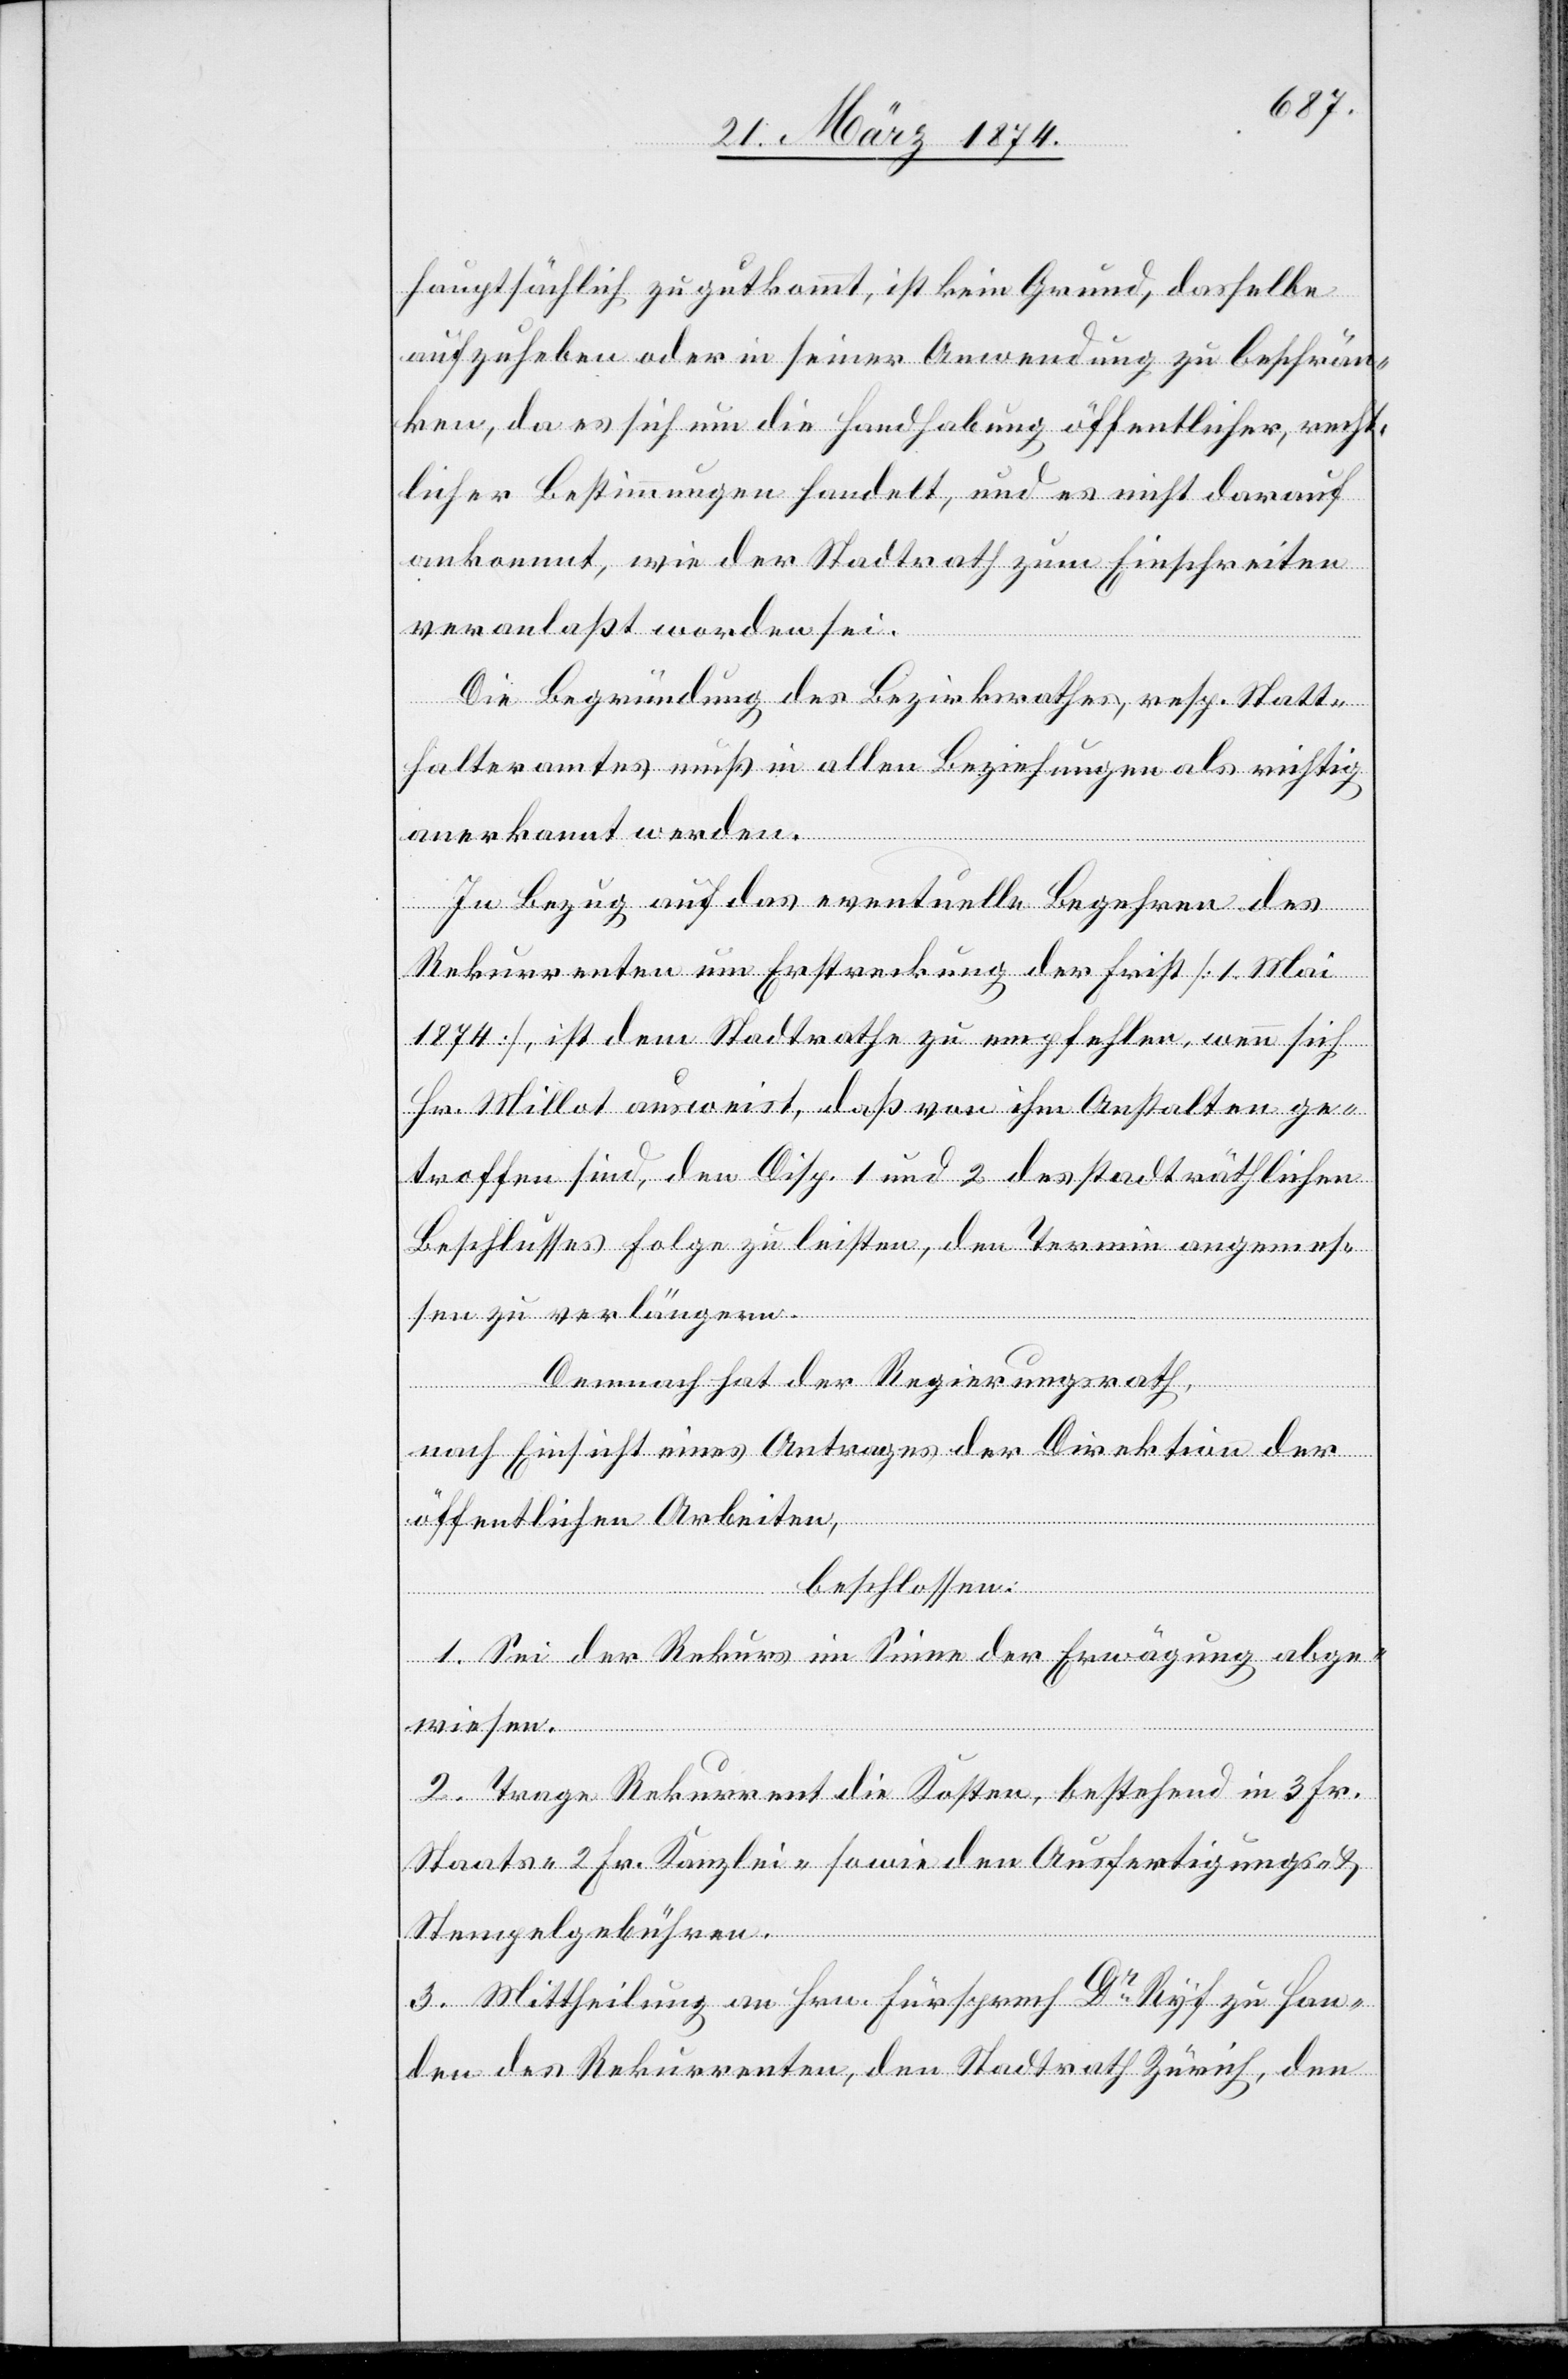
hauptsächlich zu gutkommt, ist kein Grund, dasselbe
aufzuheben oder in seiner Anwendung zu beschrän¬
ken, da es sich um die Handhabung öffentlicher, recht¬
licher Bestimmungen handelt, und es nicht darauf
ankommt, wie der Stadtrath zum Einschreiten
veranlaßt worden sei.
Die Begründung des Bezirksrathes, resp. Statt¬
halteramtes muß in allen Beziehungen als richtig
anerkannt werden.
In Bezug auf das eventuelle Begehren des
Rekurrenten um Erstreckung der Frist [1. Mai
1874], ist dem Stadtrathe zu empfehlen, wenn sich
Hr. Millot ausweist, daß von ihm Anstalten ge¬
troffen sind, den Disp. 1 und 2 des stadträthlichen
Beschlusses Folge zu leisten, den Termin angemes¬
sen zu verlängern.
Demnach hat der Regierungsrath,
nach Einsicht eines Antrages der Direktion der
öffentlichen Arbeiten,
beschlossen:
1. Sei der Rekurs im Sinne der Erwägung abge¬
wiesen.
2. Trage Rekurrent die Kosten, bestehend in 3 Fr.
Staats-[,] 2 Fr. Kanzlei- sowie den Ausfertigungs- u.
Stempelgebühren.
3. Mittheilung an Hrn. Fürsprech Dr Ryf zu Han¬
den des Rekurrenten, den Stadtrath Zürich, den